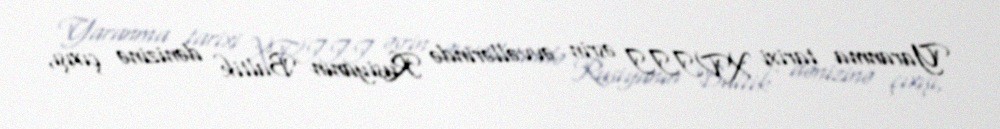
Yaranma tarixi XVIII əsrin əvvəllərində Rusiyanın Baltik dənizinə çıxışı,